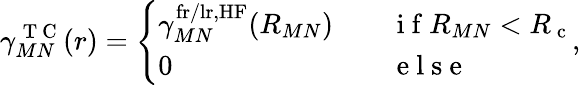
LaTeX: \gamma_{MN}^{\mathrm{~T~C~}}(r)=\left\{ \begin{array}{ll}{\gamma_{MN}^{\mathrm{fr/lr,HF}}(R_{MN})}&{\quad\mathrm{~i~f~}R_{MN}<R_{\mathrm{~c~}}}\\ {0}&{\quad\mathrm{~e~l~s~e~}}\end{array}\right.,